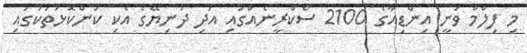
މި ފިލްމް ވަނީ އިންޑިއާގެ 2100 ސްކްރީނެއްގައި އަދި ދުނިޔޭގެ އެކި ކަންކޮޅުތަކުގައި